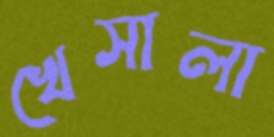
খেসালা